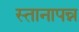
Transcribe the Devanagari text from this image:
स्तानापन्न